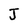
Character: J